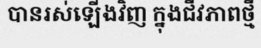
បានរស់ឡើងវិញ ក្នុងជីវភាពថ្មី